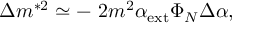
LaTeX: \Delta m ^ { * 2 } \simeq - ~ 2 m ^ { 2 } \alpha _ { \mathrm { e x t } } \Phi _ { N } \Delta \alpha ,